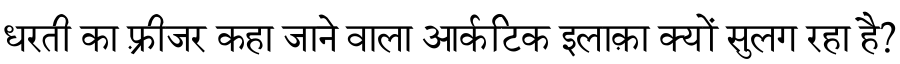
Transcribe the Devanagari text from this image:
धरती का फ़्रीजर कहा जाने वाला आर्कटिक इलाक़ा क्यों सुलग रहा है?